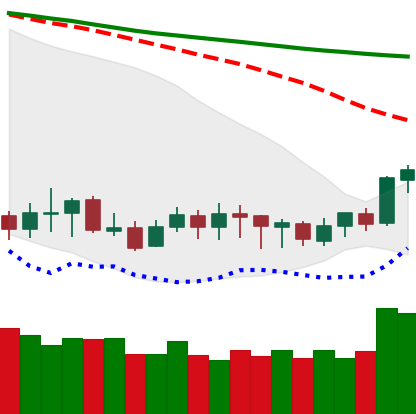
Ticker: XLM-USD
Chart end date: 2020-01-07
Forward return: -3.048%
Label: down_3_5